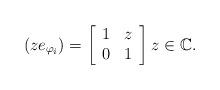
LaTeX: \begin{align*}(ze_{{\varphi_i}})=\left[\begin{array}[c]{cc}1&z\\ 0& 1\end{array}\right] z\in \mathbb{C}.\end{align*}